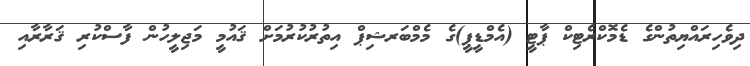
ދިވެހިރައްޔިތުންގެ ޑެމޮކްރެޓިކް ޕާޓީ (އެމްޑީޕީ)ގެ މެމްބަރޝިޕް އިތުރުކުރުމަށް ޤައުމީ މަޖިލީހުން ފާސްކުރި ޤަރާރާއި